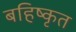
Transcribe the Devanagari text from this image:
बहिष्‍कृत